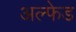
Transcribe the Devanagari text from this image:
अल्फेड